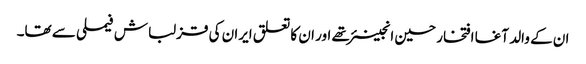
ان کے والد آغا افتخار حسین انجینئر تھے اور ان کا تعلق ایران کی قزلباش فیملی سے تھا۔